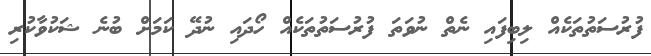
ފުރުސަތުތަކެއް ލިބިފައި ނެތް ނުވަތަ ފުރުސަތުތަކެއް ހޯދައި ނުދޭ ކަމަށް ބުނެ ޝަކުވާކުރި